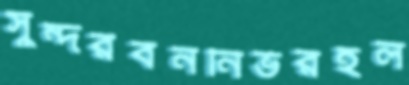
সুন্দরবননির্ভরহল